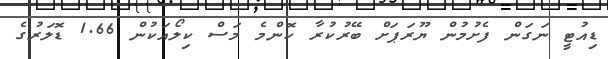
ޑިއުޓީ ނަގަން ފެށުމުން ޔޫރަޕަށް ބޭރުކުރާ ކޮންމެ މަސް ކިލޯއަކުން 1.66 ޑޮލަރުގެ